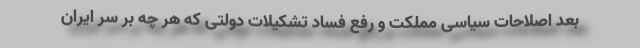
بعد اصلاحات سیاسی مملکت و رفع فساد تشکیلات دولتی که هر چه بر سر ایران